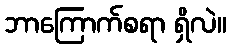
ဘာကြောက်စရာ ရှိလဲ။